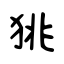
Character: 狣